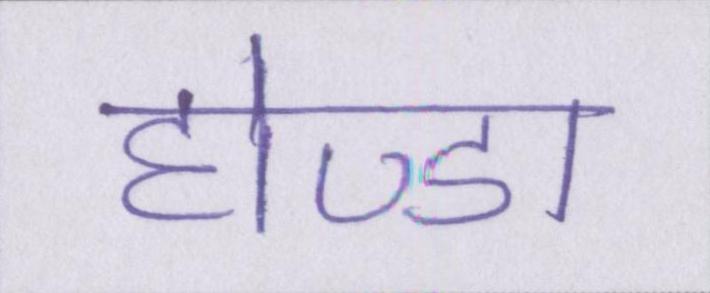
होण्डा